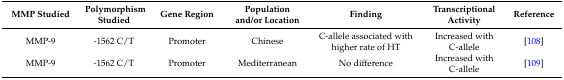
<table><thead><tr><td><b>MMP Studied</b></td><td><b>Polymorphism Studied</b></td><td><b>Gene Region</b></td><td><b>Population and/or Location</b></td><td><b>Finding</b></td><td><b>Transcriptional Activity</b></td><td><b>Reference</b></td></tr></thead><tbody><tr><td>MMP-9</td><td>-1562 C/T</td><td>Promoter</td><td>Chinese</td><td>C-allele associated with higher rate of HT</td><td>Increased with C-allele</td><td>[108]</td></tr><tr><td>MMP-9</td><td>-1562 C/T</td><td>Promoter</td><td>Mediterranean</td><td>No difference</td><td>Increased with C-allele</td><td>[109]</td></tr></tbody></table>